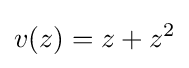
v(z)=z+z^{2}